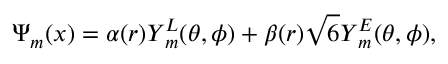
\boldsymbol { \Psi } _ { m } ( \boldsymbol { x } ) = \alpha ( r ) \boldsymbol { Y } _ { m } ^ { L } ( \theta , \phi ) + \beta ( r ) \sqrt { 6 } \boldsymbol { Y } _ { m } ^ { E } ( \theta , \phi ) ,